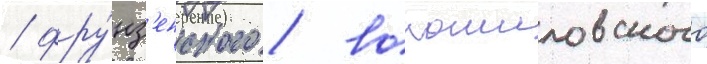
/ фру́нз'енского / ворошиловского